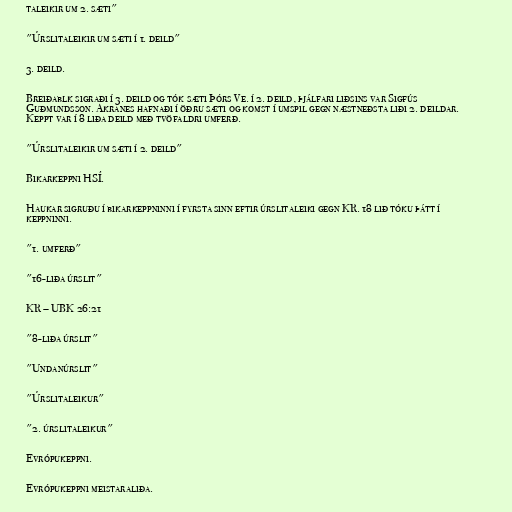
taleikir um 2. sæti"

"Úrslitaleikir um sæti í 1. deild"

3. deild.

Breiðablk sigraði í 3. deild og tók sæti Þórs Ve. í 2. deild, þjálfari liðsins var Sigfús
Guðmundsson. Akranes hafnaði í öðru sæti og komst í umspil gegn næstneðsta liði 2. deildar.
Keppt var í 8 liða deild með tvöfaldri umferð.

"Úrslitaleikir um sæti í 2. deild"

Bikarkeppni HSÍ.

Haukar sigruðu í bikarkeppninni í fyrsta sinn eftir úrslitaleiki gegn KR. 18 lið tóku þátt í
keppninni.

"1. umferð"

"16-liða úrslit"

KR – UBK 26:21

"8-liða úrslit"

"Undanúrslit"

"Úrslitaleikur"

"2. úrslitaleikur"

Evrópukeppni.

Evrópukeppni meistaraliða.